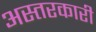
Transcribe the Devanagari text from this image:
अस्तरकारी